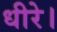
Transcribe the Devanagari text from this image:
धीरे।